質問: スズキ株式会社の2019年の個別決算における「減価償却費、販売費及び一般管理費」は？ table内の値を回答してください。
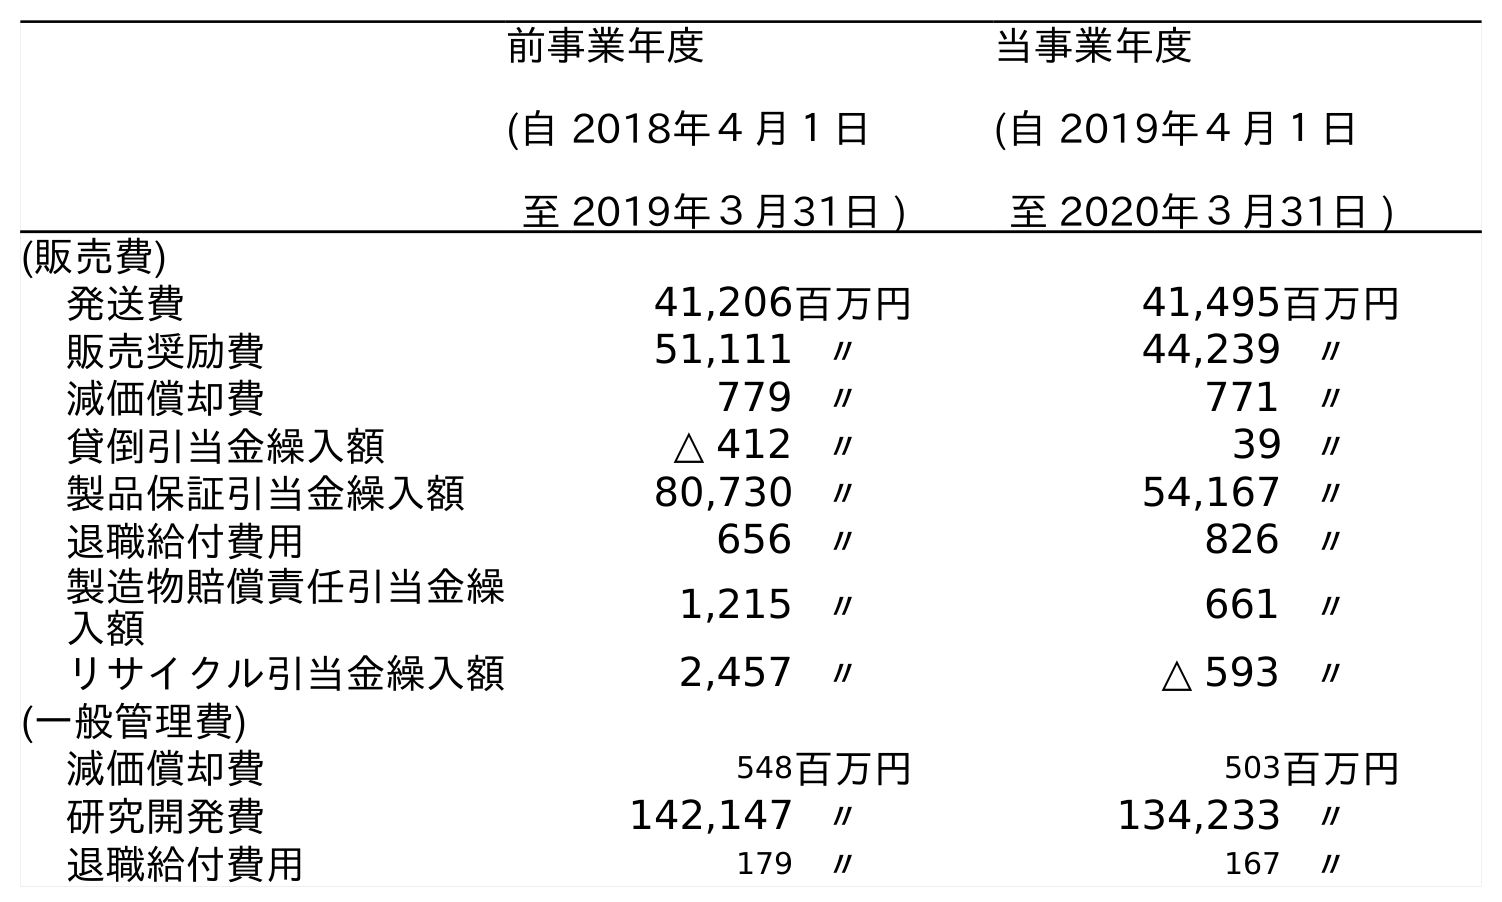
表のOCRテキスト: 前事業年度 (自 2018年４月１日 至 2019年３月31日 ) 当事業年度 (自 2019年４月１日 至 2020年３月31日 ) (販売費) 発送費 41,206百万円 41,495百万円 販売奨励費 51,111 〃 44,239 〃 減価償却費 779 〃 771 〃 貸倒引当金繰入額 △ 412 〃 39 〃 製品保証引当金繰入額 80,730 〃 54,167 〃 退職給付費用 656 〃 826 〃 製造物賠償責任引当金繰 入額 1,215 〃 661 〃 リサイクル引当金繰入額 2,457 〃 △ 593 〃 (一般管理費) 減価償却費 548百万円 503百万円 研究開発費 142,147 〃 134,233 〃 退職給付費用 179 〃 167 〃
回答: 779